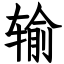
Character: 输